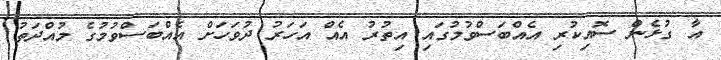
އާ ގުޅެން ސޮއިކުރި އެއްބަސްވުމުގައި އިތުރު އެއް އަހަރު ދުވަހަށް އެއްބަސްވުމުގެ މުއްދަތު